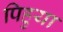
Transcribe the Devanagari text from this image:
पिहुया